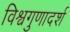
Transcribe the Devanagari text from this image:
विश्वगुणादर्श